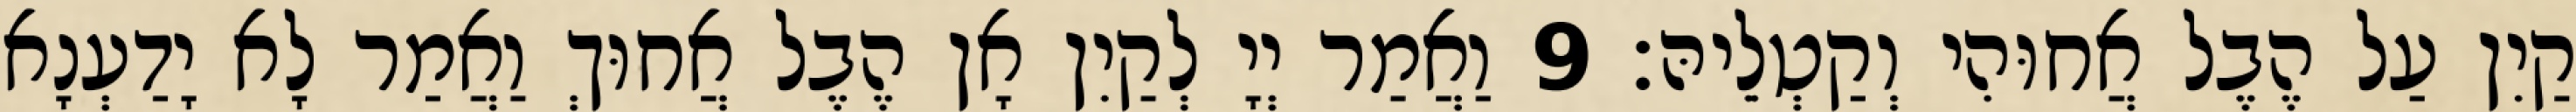
קַיִן עַל הֶבֶל אֲחוּהִי וְקַטְלֵיהּ׃ 9 וַאֲמַר יְיָ לְקַיִן אָן הֶבֶל אֲחוּךְ וַאֲמַר לָא יָדַעְנָא